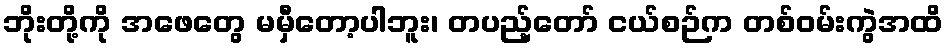
ဘိုးတို့ကို အဖေတွေ မမှီတော့ပါဘူး၊ တပည့်တော် ငယ်စဉ်က တစ်ဝမ်းကွဲအထိ